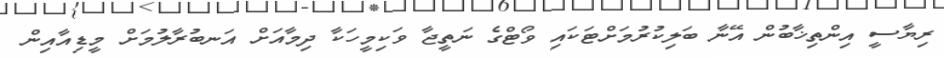
ރިޔާސީ އިންތިޚާބުން އޭނާ ބަލިކުރުމަށްޓަކައި ވޯޓްގެ ނަތީޖާ ވަކިމީހަކާ ދިމާއަށް އަނބުރާލުމަށް މީޑިއާއިން